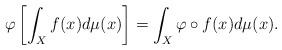
LaTeX: \begin{align*} \varphi \left[ \int_X f(x) d\mu (x) \right] = \int_X \varphi \circ f(x) d\mu (x). \end{align*}